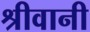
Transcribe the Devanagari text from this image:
श्रीवानी